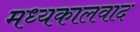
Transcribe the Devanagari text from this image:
मध्यकालवाद